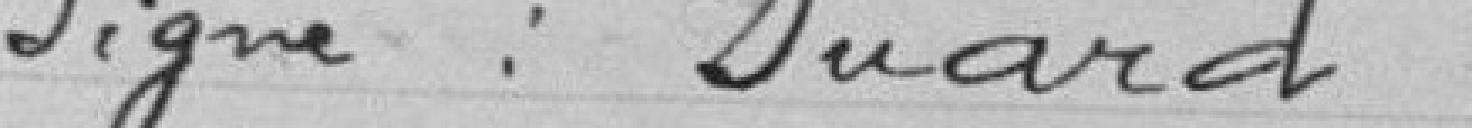
Signé : SUARD